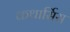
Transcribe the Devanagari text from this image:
कथार्सिस